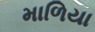
માળિયા